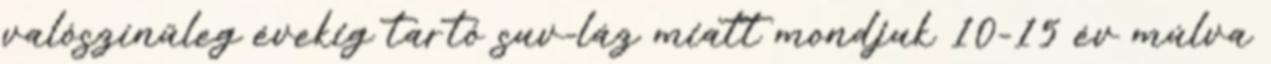
valószínűleg évekig tartó suv-láz miatt mondjuk 10-15 év múlva